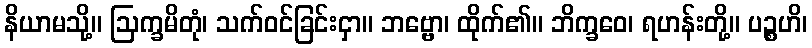
နိယာမသို့။ ဩက္ခမိတုံ၊ သက်ဝင်ခြင်းငှာ။ ဘဗ္ဗော၊ ထိုက်၏။ ဘိက္ခဝေ၊ ရဟန်းတို့။ ပဉ္စဟိ၊